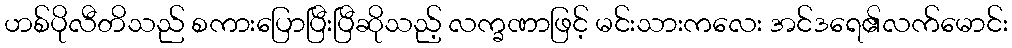
ဟစ်ပိုလီတိသည် စကားပြောပြီးပြီဆိုသည့် လက္ခဏာဖြင့် မင်းသားကလေး အင်ဒရေ၏လက်မောင်း